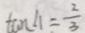
\tan \angle 1 = \frac { 2 } { 3 }